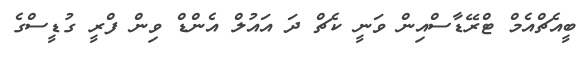
ބީއެޗްއެމް ޓްރޭޑާސްއިން ވަނީ ކެޗް ދަ އައުލް އެންޑް ވިން ފްރީ ގުޑީސްގެ